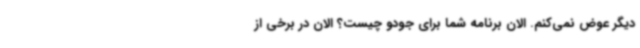
دیگر عوض نمی‌کنم. الان برنامه شما برای جودو چیست؟ الان در برخی از